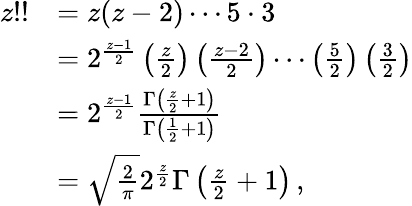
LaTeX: {\begin{array}{rl}{z!!}&{=z(z-2)\cdots 5\cdot 3}\\ &{=2^{\frac{z-1}{2}}\left({\frac{z}{2}}\right)\left({\frac{z-2}{2}}\right)\cdots\left({\frac{5}{2}}\right)\left({\frac{3}{2}}\right)}\\ &{=2^{\frac{z-1}{2}}{\frac{\Gamma\left({\frac{z}{2}}+1\right)}{\Gamma\left({\frac{1}{2}}+1\right)}}}\\ &{={\sqrt{\frac{2}{\pi}}}2^{\frac{z}{2}}\Gamma\left({\frac{z}{2}}+1\right)\, ,}\end{array}}